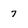
Character: 7